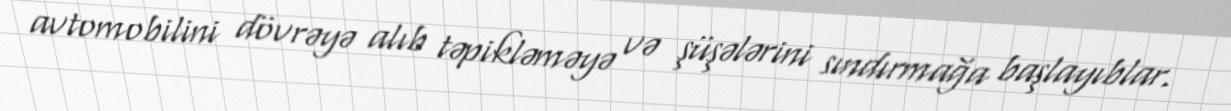
avtomobilini dövrəyə alıb təpikləməyə və şüşələrini sındırmağa başlayıblar.